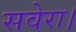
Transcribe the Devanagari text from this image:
सवेरा।